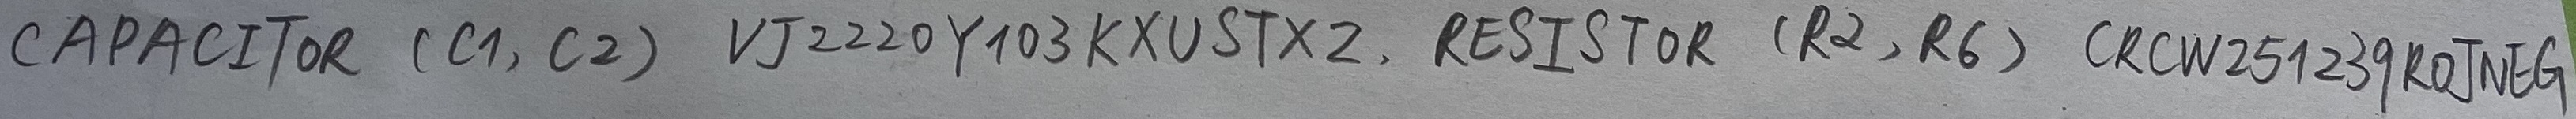
Text: CAPACITOR (C1, C2)  VJ2220Y103KXUSTX2 RESISTOR (R2, R6) CRCW251239ROJNEG